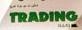
trading